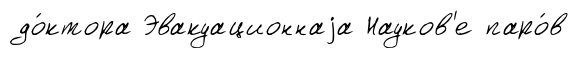
до́ктора Эвакуационнаjа Науков'е паро́в